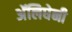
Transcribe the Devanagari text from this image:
अॅलिघेनी